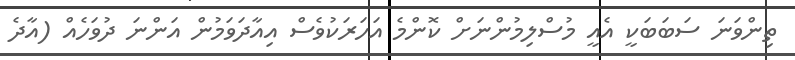
ތިންވަނަ ސަބަބަކީ އެއީ މުސްލިމުންނަށް ކޮންމެ އަހަރަކުވެސް އިއާދަވަމުން އަންނަ ދުވަހެއް (އާދެ